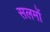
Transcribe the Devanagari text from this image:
सलमों